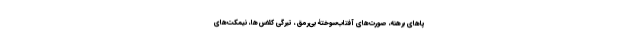
پاهای برهنه، صورت‌های آفتاب‌سوختۀ بی‌رمق، تیرگی کلاس‌ها، نیمکت‌های